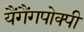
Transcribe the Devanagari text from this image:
यैंगैंगपोक्पी